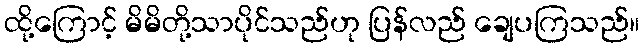
ထို့ကြောင့် မိမိတို့သာပိုင်သည်ဟု ပြန်လည် ချေပကြသည်။